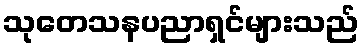
သုတေသနပညာရှင်များသည်